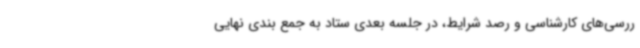
ررسی‌های کارشناسی و رصد شرایط، در جلسه بعدی ستاد به جمع بندی نهایی